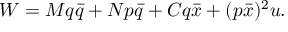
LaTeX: W = M q \bar { q } + N p \bar { q } + C q \bar { x } + ( p \bar { x } ) ^ { 2 } u .